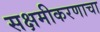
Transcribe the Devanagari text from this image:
सक्षमीकरणाचा